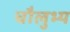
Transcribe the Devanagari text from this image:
चौलुभ्य